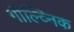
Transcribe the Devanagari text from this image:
गील्व्निक